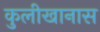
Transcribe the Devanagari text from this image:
कुलीखानास